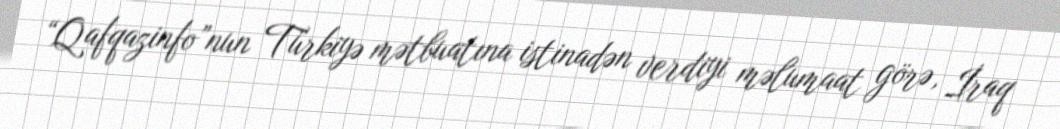
“Qafqazinfo”nun Türkiyə mətbuatına istinadən verdiyi məlumaat görə, İraq